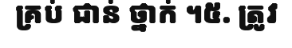
គ្រប់ ជាន់ ថ្នាក់ ។៥. ត្រូវ